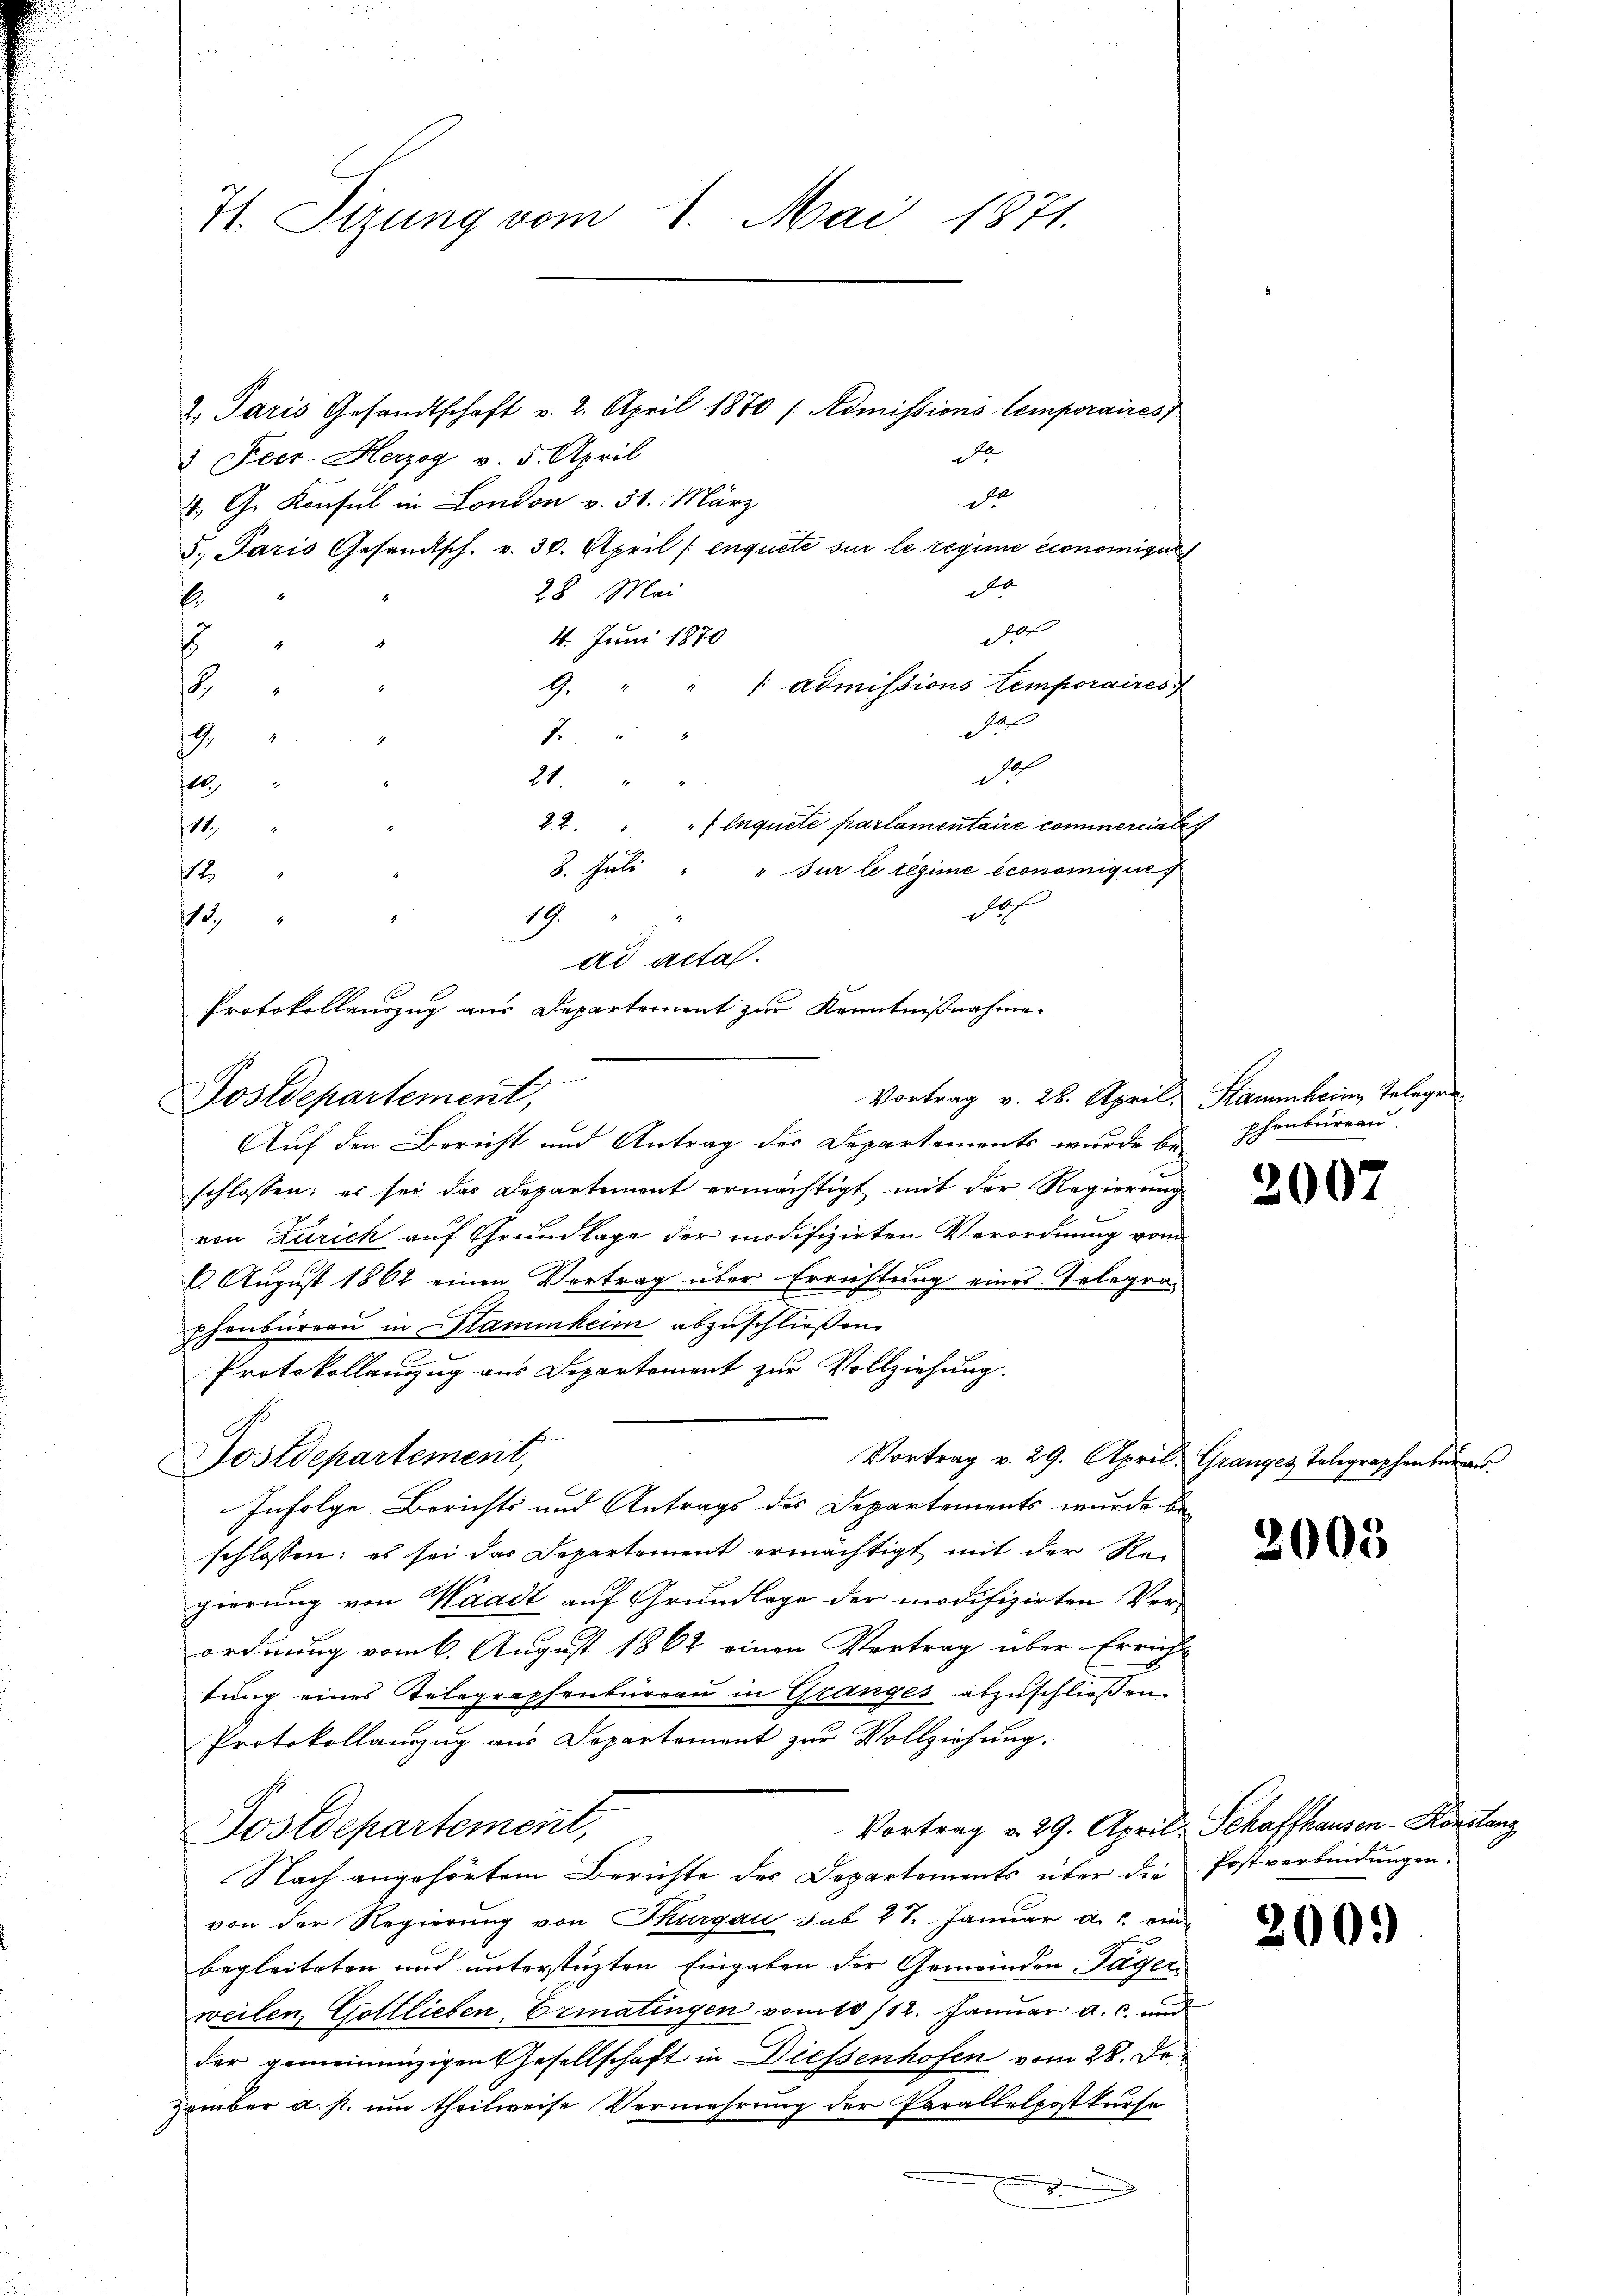
2. Paris Gesandtschaft v. 2. April 1870 / Admissions temporaires
3 Peer-Herzog v. 5. April
d
. G. Konsul in London v. 31. März
5. Paris Gesandtsch. v. 30. April ( enquete sur le regime économigun
d
28 Mai
E
do
4. Juni 1870
8
9. " " " admissions temporaires

a
7.
G
1
21. " "
10.) " "
42. " " " inquete parlamentaire comineriale
.
12
8. Juli " " Sur le regime économique
1
doh
19.
.
13.
ad acta.
Protokollauszug aus Departement zur Kenntnißnahme.

71. Sizung vom 1. Mai 1871.

Vortrag v. 28. April, Hammheim Telegen
Postdepartement,
Auf den Bericht und Antrag der Departements wurde bei Ehenbüreau.

schlossen: es sei das Departement ermächtigt mit der Regierung
von Zürich auf Grundlage der modifizirten Verordnung vom
6. August 1862 einen Vertrag über Errichtung eines Telegraphenbureau in Stammheim abzuschließen.
Protokollauszug aus Departement zur Vollziehung.
Postdepartement,
Vortrag v. 29. April, Granges Telegraphenburg.
Infolge Berichts und Antrags des Departements wurde be-
schlossen: es sei das Departement ermächtigt mit der Re-
gierung von Waadt auf Grundlage der modifizirten Verordnung vom 6. August 1862 einen Vertrag über Errich-
tung eines Telegraphenbüreau in Granges abzuschließen.
Protokollauszug aus Departement zur Vollziehung.
Vortrag v. 29. April, Schaffhausen-Konstanz
Sostdepartement,
Nach angehörtem Berichte des Departements über die Postverbindungen.
von der Regierung von Thurgau sub 27. Januar a. c. einbegleiteten und unterstüzten Eingaben der Gemeinden Tagerweilen, Gottlieben, Ermatingen vom 10/12. Januar a. c. und
der gemeinenzigen Gesellschaft in Diessenhofen vom 28. De
zamber a. p. um theilweise Vermehrung der Parallelpostkurse
chnenden

e

2007

2005

2001